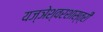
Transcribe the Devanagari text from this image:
यज्ञेश्वरशास्त्री